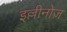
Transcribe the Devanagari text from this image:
इल्लीनोज़